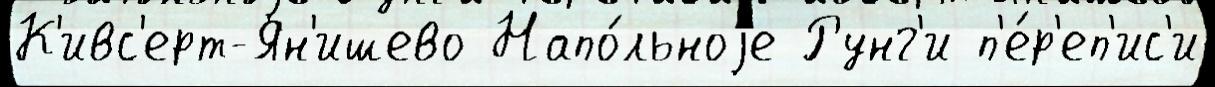
К'ивс'ерт-Ян'ишево Напо́льноjе Рунг'и п'е́р'еп'ис'и